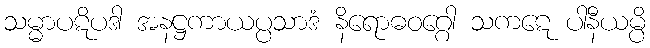
သမ္မာပဋိပဒါ အနဋ္ဌကာယပ္ပသာဒံ နိရောဓဝဂ္ဂေါ သကဋေ ပါနီယမ္ပိ